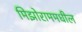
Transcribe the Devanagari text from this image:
मिझोराममधील